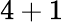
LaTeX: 4+1